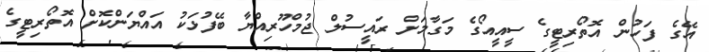
އޭގެ ފަހުން އޮތޯރިޓީގެ ސީއީއޯގެ މަގާމަށް ރައީސުލް ޖުމްހޫރިއްޔާ ބޭފުޅަކު އައްޔަންކޮށް އޮތޯރިޓީގެ